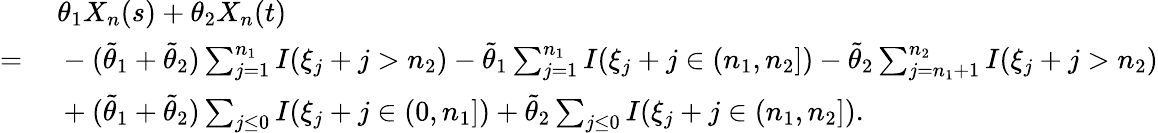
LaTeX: \begin{array}{rl}&{~\theta_{1}X_{n}(s)+\theta_{2}X_{n}(t)}\\ {=}&{~-(\tilde{\theta}_{1}+\tilde{\theta}_{2})\sum_{j=1}^{n_{1}}I(\xi_{j}+j>n_{2})-\tilde{\theta}_{1}\sum_{j=1}^{n_{1}}I(\xi_{j}+j\in(n_{1},n_{2}])-\tilde{\theta}_{2}\sum_{j=n_{1}+1}^{n_{2}}I(\xi_{j}+j>n_{2})}\\ &{~+(\tilde{\theta}_{1}+\tilde{\theta}_{2})\sum_{j\leq 0}I(\xi_{j}+j\in(0,n_{1}])+\tilde{\theta}_{2}\sum_{j\leq 0}I(\xi_{j}+j\in(n_{1},n_{2}]).}\end{array}